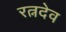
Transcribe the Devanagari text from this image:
रत्नदेव